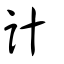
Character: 計